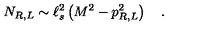
N _ { R , L } \sim \ell _ { s } ^ { 2 } \left( M ^ { 2 } - p _ { R , L } ^ { 2 } \right) \quad .